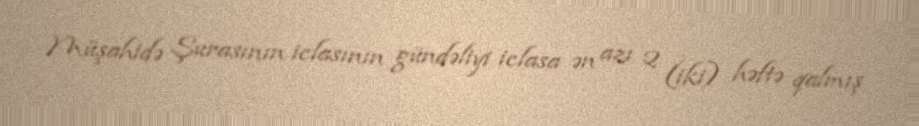
Müşahidə Şurasının iclasının gündəliyi iclasa ən azı 2 (iki) həftə qalmış